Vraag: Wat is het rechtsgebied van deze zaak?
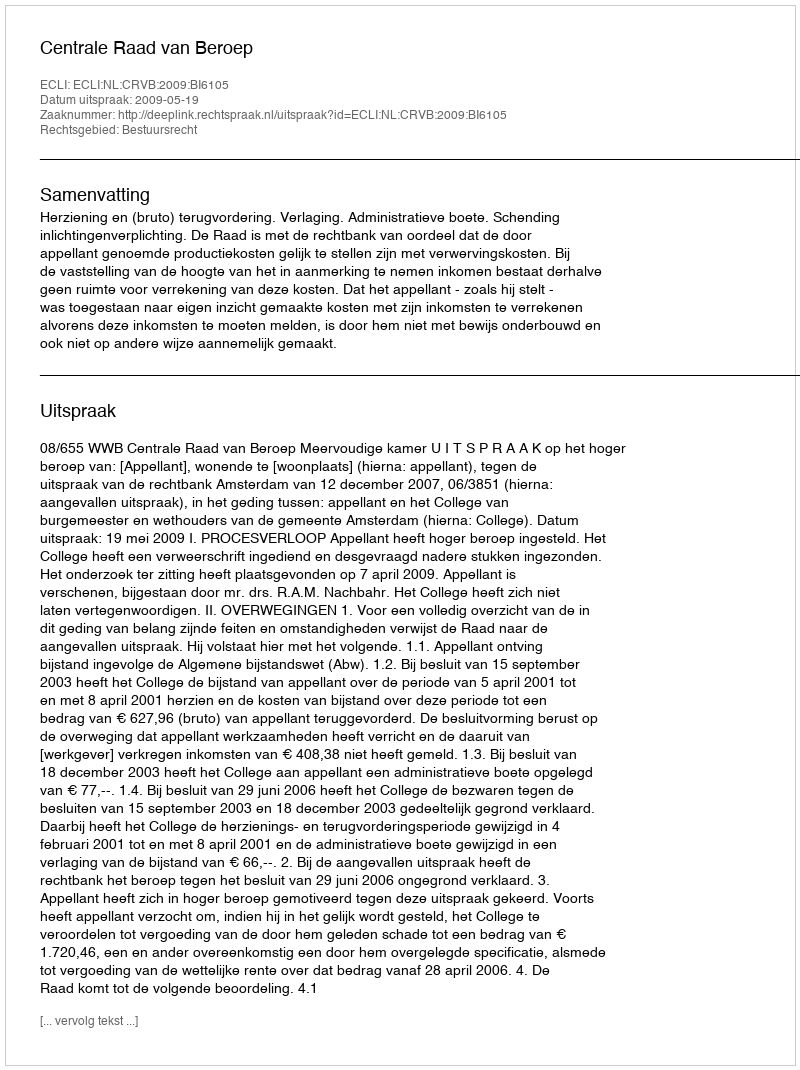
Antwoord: Bestuursrecht